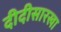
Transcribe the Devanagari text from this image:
दीदीसारखा